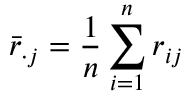
{ \bar { r } } _ { \cdot j } = { \frac { 1 } { n } } \sum _ { i = 1 } ^ { n } { r _ { i j } }